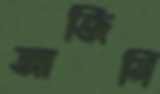
আজিমি